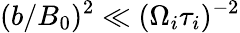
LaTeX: (b/B_{0})^{2}\ll(\Omega_{i}\tau_{i})^{-2}